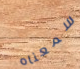
سمعناه